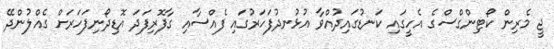
ޖީ މެރިން ކޯޓިންގްސްގެ އެހީގައި ކަނޑުގައިދުއްވާ އުޅުނދުފަހަރުގައި ފެއްސާއި ގާފޮރިފަދަ އޮޑިދޯނިފަހަރަށް ގެއްލުންދޭ